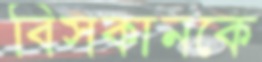
বিসকানকে